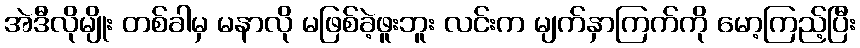
အဲဒီလိုမျိုး တစ်ခါမှ မနာလို မဖြစ်ခဲ့ဖူးဘူး လင်းက မျက်နှာကြက်ကို မော့ကြည့်ပြီး